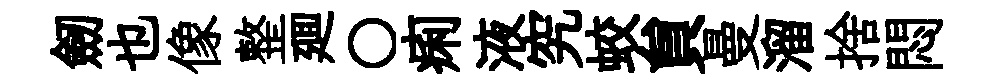
劒也像整廽〇痢液究蛟貟曼溜捨悶